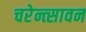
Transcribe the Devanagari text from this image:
चरेन्त्सावन